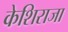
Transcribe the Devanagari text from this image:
केशिराजा